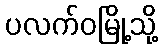
ပလက်ဝမြို့သို့